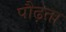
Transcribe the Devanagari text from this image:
पौढ़ता